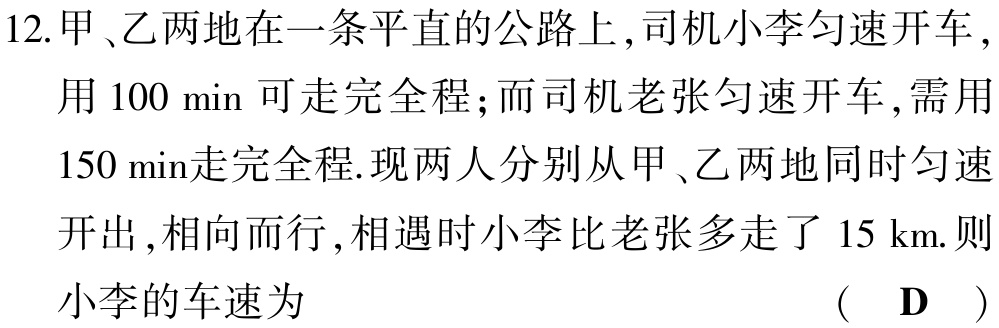
12.甲、乙两地在一条平直的公路上,司机小李匀速开车,用 \(100\) min 可走完全程；而司机老张匀速开车,需用 \(150\)min走完全程.现两人分别从甲、乙两地同时匀速开出,相向而行,相遇时小李比老张多走了 \(15\) km.则小李的车速为 （ D ）